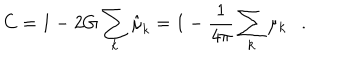
C = 1 - 2 G \sum _ { k } \hat { \mu } _ { k } = 1 - { \frac { 1 } { 4 \pi } } \sum _ { k } \mu _ { k } .